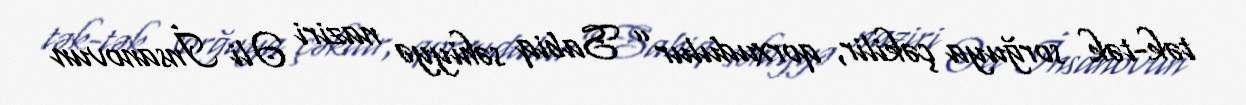
tək-tək sorğuya çəkilir, qorxudulur” Sabiq səhiyyə naziri Əli İnsanovun